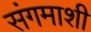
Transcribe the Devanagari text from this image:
संगमाशी